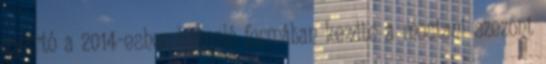
gyártó a 2014-eshez hasonló formában kezdte a mostani szezont